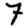
Digit: 7